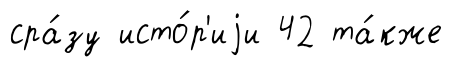
сра́зу исто́р'иjи 42 та́кже